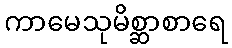
ကာမေသုမိစ္ဆာစာရေ